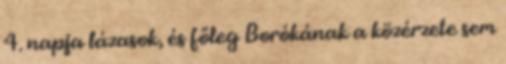
4. napja lázasok, és főleg Borókának a közérzete sem